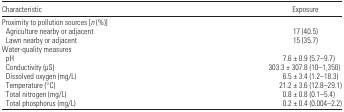
| Characteristic | Exposure |
 | --- | --- |
 | <COLSPAN=2> Proximity to pollution sources [n (%)] |
 | Agriculture nearby or adjacent | 17 (40.5) |
 | Lawn nearby or adjacent | 15 (35.7) |
 | <COLSPAN=2> Water-quality measures |
 | pH | 7.6 ± 0.9 (5.7–9.7) |
 | Conductivity (μS) | 303.3 ± 307.8 (10–1,350) |
 | Dissolved oxygen (mg/L) | 6.5 ± 3.4 (1.2–18.3) |
 | Temperature (°C) | 21.2 ± 3.6 (12.8–29.1) |
 | Total nitrogen (mg/L) | 0.8 ± 0.8 (0.1–5.4) |
 | Total phosphorus (mg/L) | 0.2 ± 0.4 (0.004–2.2) |